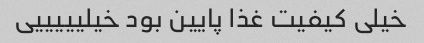
خیلی کیفیت غذا پایین بود خیلیییییی